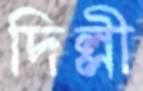
দিল্লী